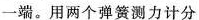
一端。用两个弹簧测力计分